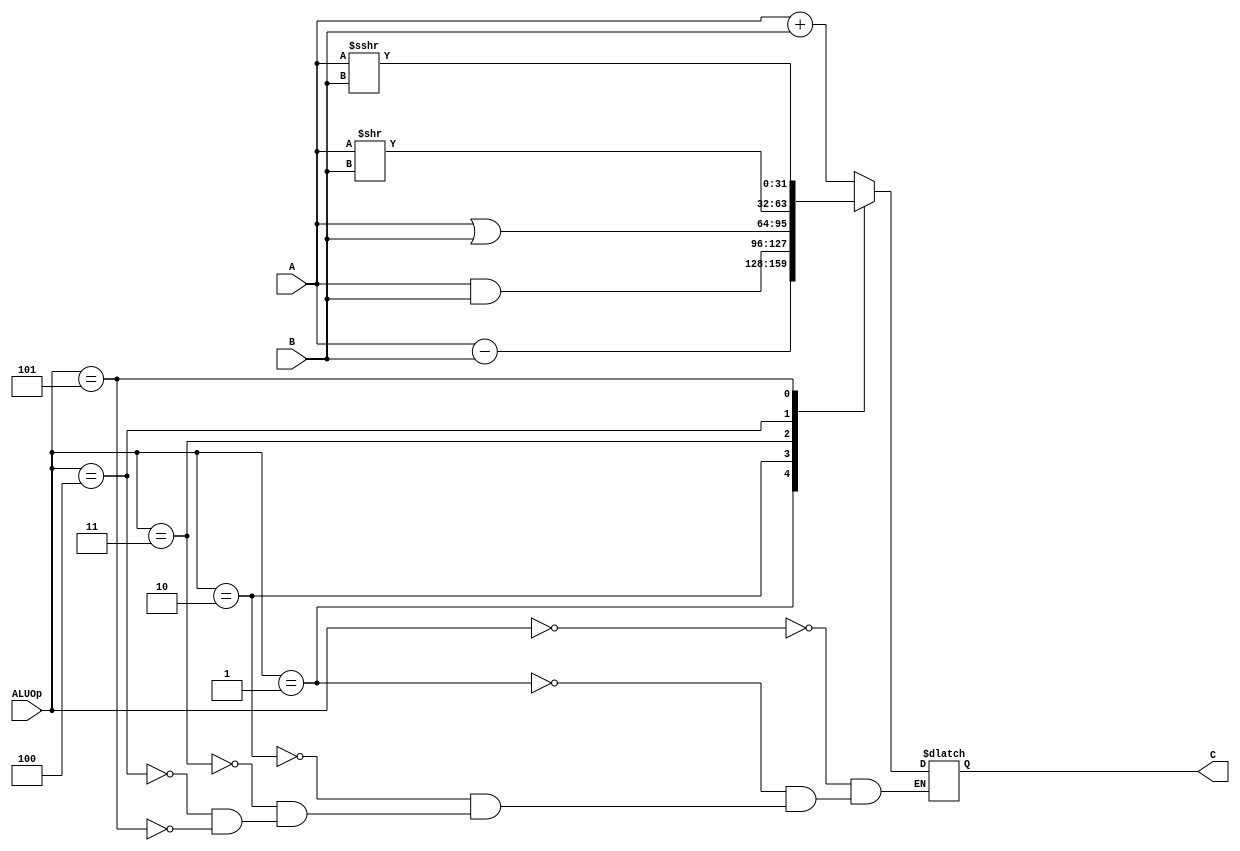
`timescale 1ns / 1ps
//////////////////////////////////////////////////////////////////////////////////
// Company: 
// Engineer: 
// 
// Design Name: 
// Module Name:    alu 
// Project Name: 
// Target Devices: 
// Tool versions: 
// Description: 
//
// Dependencies: 
//
// Revision: 
// Revision 0.01 - File Created
// Additional Comments: 
//
//////////////////////////////////////////////////////////////////////////////////
module alu(
	input [31:0] A,
	input [31:0] B,
	input [2:0] ALUOp,
	output reg [31:0] C
    );
	always@(*) begin
		case(ALUOp)
			3'b000: begin
				C <= A + B;
			end
			3'b001: begin
				C <= A - B;
			end
			3'b010: begin
				C <= A & B;
			end
			3'b011: begin
				C <= A | B;
			end
			3'b100: begin
				C <= A >> B;
			end
			3'b101: begin
				C <= $signed(A) >>> B;
			end
			default begin
			end
		endcase
	end
		
	

endmodule